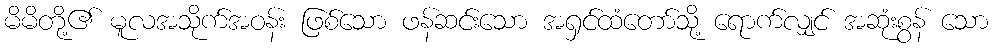
မိမိတို့၏ မူလအသိုက်အဝန်း ဖြစ်သော ဖန်ဆင်းသော အရှင်ထံတော်သို့ ရောက်လျှင် အဆုံးစွန် သော